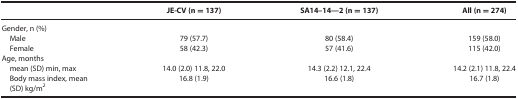
<table><thead><tr><td><b> </b></td><td><b>JE-CV (n = 137)</b></td><td><b>SA14–14—2 (n = 137)</b></td><td><b>All (n = 274)</b></td></tr></thead><tbody><tr><td>Gender, n (%)</td><td> </td><td> </td><td> </td></tr><tr><td> Male</td><td>79 (57.7)</td><td>80 (58.4)</td><td>159 (58.0)</td></tr><tr><td> Female</td><td>58 (42.3)</td><td>57 (41.6)</td><td>115 (42.0)</td></tr><tr><td>Age, months</td><td> </td><td> </td><td> </td></tr><tr><td> mean (SD) min, max</td><td>14.0 (2.0) 11.8, 22.0</td><td>14.3 (2.2) 12.1, 22.4</td><td>14.2 (2.1) 11.8, 22.4</td></tr><tr><td> Body mass index, mean(SD) kg/m<sup>2</sup></td><td>16.8 (1.9)</td><td>16.6 (1.8)</td><td>16.7 (1.8)</td></tr></tbody></table>